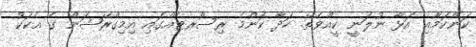
ކަންކަމާއި އަޅާ ނުލަނީ ކީއްވެތޭ. ހަދާ ކޮންމެ ރިސޯރޓެއްގައި އިމިގްރޭޝަން ގެ އެކަކު